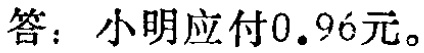
答：小明应付\(0.96\)元。